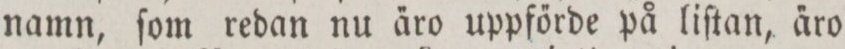
namn, ſom redan nu a̋ro uppfőrde på liſtan, a̋ro